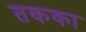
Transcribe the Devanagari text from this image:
तकका